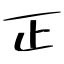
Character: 正